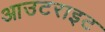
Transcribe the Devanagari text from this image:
आउटराइट